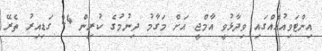
އިންޓަވިއުއެއްގައި ވިދާޅުވީ އާމްޖީ އަށް މަގާމު ދިނުމުގެ ކުރިން 24 ގަޑިއިރު ތެރޭ